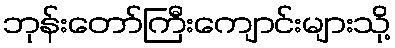
ဘုန်းတော်ကြီးကျောင်းများသို့